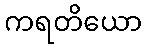
ကရတိယော